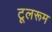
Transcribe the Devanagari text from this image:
टूलरूम